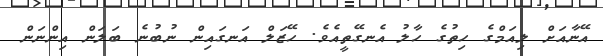
އޭނާއަށް ލިއަމްގެ ހިތުގެ ހާލު އެނގޭތީއެވެ. ހޭޒަލް އަނގައިން ނުބުނެ ބަލަން އިންނަން